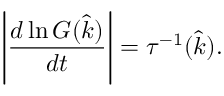
\left| \frac { d \ln G ( \hat { k } ) } { d t } \right| = \tau ^ { - 1 } ( \hat { k } ) .